Report of the Indian Hemp Drugs Commission, 1894-1895 - Volume VII
Year: 1894
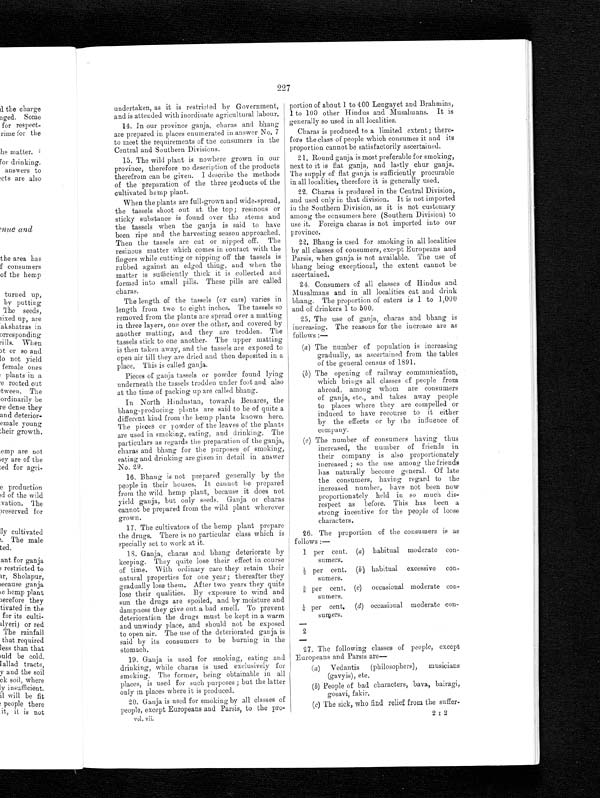
227
undertaken, as it is restricted by Government,
and is attended with inordinate agricultural labour.
14. In our province ganja, charas and bhang
are prepared in places enumerated in answer No. 7
to meet the requirements of the consumers in the
Central and Southern Divisions.
15. The wild plant is nowhere grown in our
province, therefore no description of the products
therefrom can be given. I describe the methods
of the preparation of the three products of the
cultivated hemp plant.
When the plants are full-grown and wide-spread,
the tassels shoot out at the top; resinous or
sticky substance is found over the stems and
the tassels when the ganja is said to have
been ripe and the harvesting season approached.
Then the tassels are cut or nipped off. The
resinous matter which comes in contact with the
fingers while cutting or nipping off the tassels is
rubbed against an edged thing, and when the
matter is sufficiently thick it is collected and
formed into small pills. These pills are called
charas.
The length of the tassels (or ears) varies in
length from two to eight inches. The tassels so
removed from the plants are spread over a matting
in three layers, one over the other, and covered by
another matting, and they are trodden. The
tassels stick to one another. The upper matting
is then taken away, and the tassels are exposed to
open air till they are dried and then deposited in a
place. This is called ganja.
Pieces of ganja tassels or powder found lying
underneath the tassels trodden under foot and also
at the time of packing up are called bhang.
In North Hindustan, towards Benares, the
bhang-producing plants are said to be of quite a
different kind from the hemp plants known here.
The pieces or powder of the leaves of the plants
are used in smoking, eating, and drinking. The
particulars as regards the preparation of the ganja,
charas and bhang for the purposes of smoking,
eating and drinking are given in detail in answer
No. 29.
16. Bhang is not prepared generally by the
people in their houses. It cannot be prepared
from the wild hemp plant, because it does not
yield ganja, but only seeds. Ganja or charas
cannot be prepared from the wild plant wherever
grown.
17. The cultivators of the hemp plant prepare
the drugs. There is no particular class which is
specially set to work at it.
18. Ganja, charas and bhang deteriorate by
keeping. They quite lose their effect in course
of time. With ordinary care they retain their
natural properties for one year; thereafter they
gradually lose them. After two years they quite
lose their qualities. By exposure to wind and
sun the drugs are spoiled, and by moisture and
dampness they give out a bad smell. To prevent
deterioration the drugs must be kept in a warm
and unwindy place, and should not be exposed
to open air. The use of the deteriorated
g a n j a – i s s a i d b y i t s c o n s u m e r s t o b e b u r n i n g i n t h e
stomach.
19. Ganja is used for smoking, eating and
drinking, while charas is used exclusively for
sm
o k i n g
T h e
f o r m e r ,
b e i n g
o b t a i n a b l ei
n
places, is used for such purposes ; but the latter
only in places where it is produced.
20. Ganja is used for smoking by all classes of
people, except Europeans and Parsis, to the pro-
vol. vii.
portion of about 1 to 400 Lengayet and Brahmins,
1 to 100 other Hindus and Musalmans. It is
generally so used in all localities.
Charas is produced to a limited extent ; there-
fore the class of people which consumes it and its
proportion cannot be satisfactorily ascertained.
21. Round ganja is most preferable for smoking,
next to it is flat ganja, and lastly chur ganja.
The supply of flat ganja is sufficiently procurable
in all localities, therefore it is generally used.
22. Charas is produced in the Central Division,
and used only in that division. It is not imported
in the Southern Division, as it is not customary
among the consumers here (Southern Division) to
use it. Foreign charas is not imported into our
province.
22. Bhang is used for smoking in all localities
by all classes of consumers, except Europeans and
Parsis, when ganja is not available. The use of
bhang being exceptional, the extent cannot be
ascertained.
24. Consumers of all classes of Hindus and
Musalmans and in all localities eat and drink
bhang. The proportion of eaters is 1 to 1,000
and of drinkers 1 to 500.
25. The use of ganja, charas and bhang is
increasing. The reasons for the increase are as
follows : —
(a) The number of population is increasing
gradually, as ascertained from the tables
of the general census of 1891.
(b) The opening of railway communication,
which brings all classes of people from
abroad, among whom are consumers
of ganja, etc., and takes away people
to places where they are compelled or
induced to have recourse to it either
by the effects or by the influence of
company.
(c) The number of consumers having thus
increased, the number of friends in
their company is also proportionately
increased ; so the use among the friends
has naturally become general. Of late
the consumers, having regard to the
increased number, have not been now
proportionately held in so much dis-
respect as before. This has been a
strong incentive for the people of loose
characters.
26. The proportion of the consumers is as
follows:—
1 per cent. (a) habitual moderate con--
sumers.
½ per cent. (b) habitual excessive con-
sumers.
3 / 8 p e r c e n t .
( c )
occasional moderate con-
sumers.
1 / 8 p e r c e n t .
( d )
occasional moderate con-
sumers.
2
27. The following classes of people, except
Europeans and Parsis are
—
(a) Vedantis
(philosophers),
musicians
(gavyis), etc.
(b) People of bad characters, bava, bairagi,
gosavi, fakir.
(c) The sick, who find relief from the suffer-